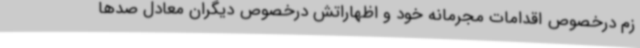
زم درخصوص اقدامات مجرمانه خود و اظهاراتش درخصوص دیگران معادل صدها